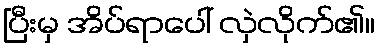
ပြီးမှ အိပ်ရာပေါ် လှဲလိုက်၏။